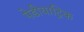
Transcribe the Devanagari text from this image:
पेडीयाट्रिक